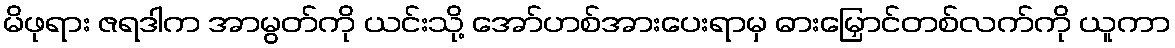
မိဖုရား ဇရဒါက အာမွတ်ကို ယင်းသို့ အော်ဟစ်အားပေးရာမှ ဓားမြှောင်တစ်လက်ကို ယူကာ